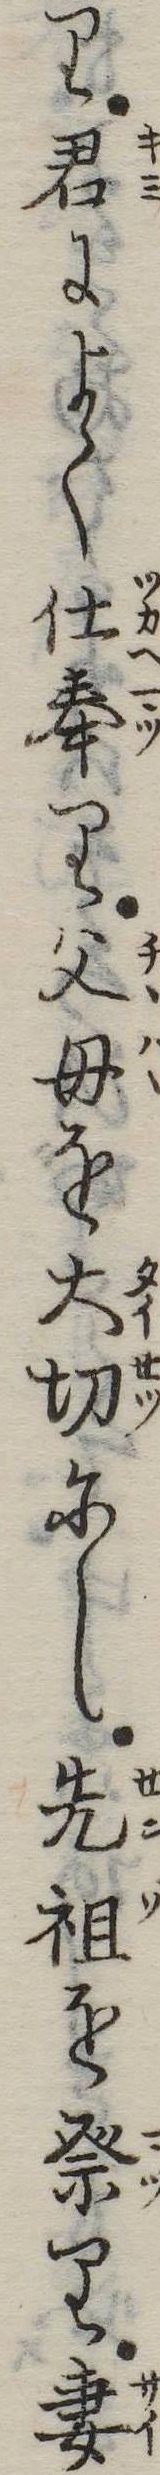
り君によく仕奉り父母を大切にし先祖を𥙊り妻